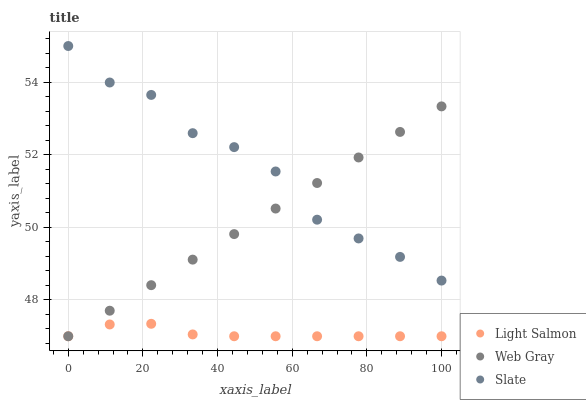
| xaxis_label | Light Salmon | Web Gray | Slate |
 | --- | --- | --- | --- |
 | 0 | 47 | 47 | 55 |
 | 11.1 | 47.3 | 47.7 | 54 |
 | 22.2 | 47.3 | 48.4 | 53.7 |
 | 33.3 | 47.1 | 49.1 | 52.6 |
 | 44.4 | 47 | 49.8 | 52.2 |
 | 55.6 | 47 | 50.5 | 51.5 |
 | 66.7 | 47 | 51.2 | 50.2 |
 | 77.8 | 47 | 51.9 | 49.7 |
 | 88.9 | 47 | 52.6 | 49.2 |
 | 100 | 47 | 53.3 | 48.5 |